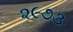
૨૯૭૩